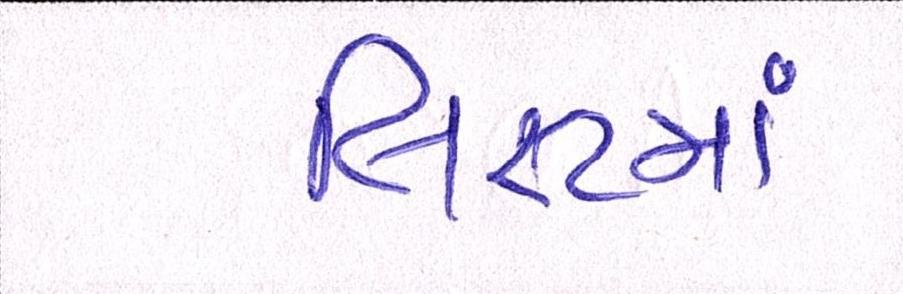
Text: લિસ્ટમાં